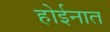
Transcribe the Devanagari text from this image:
होईनात